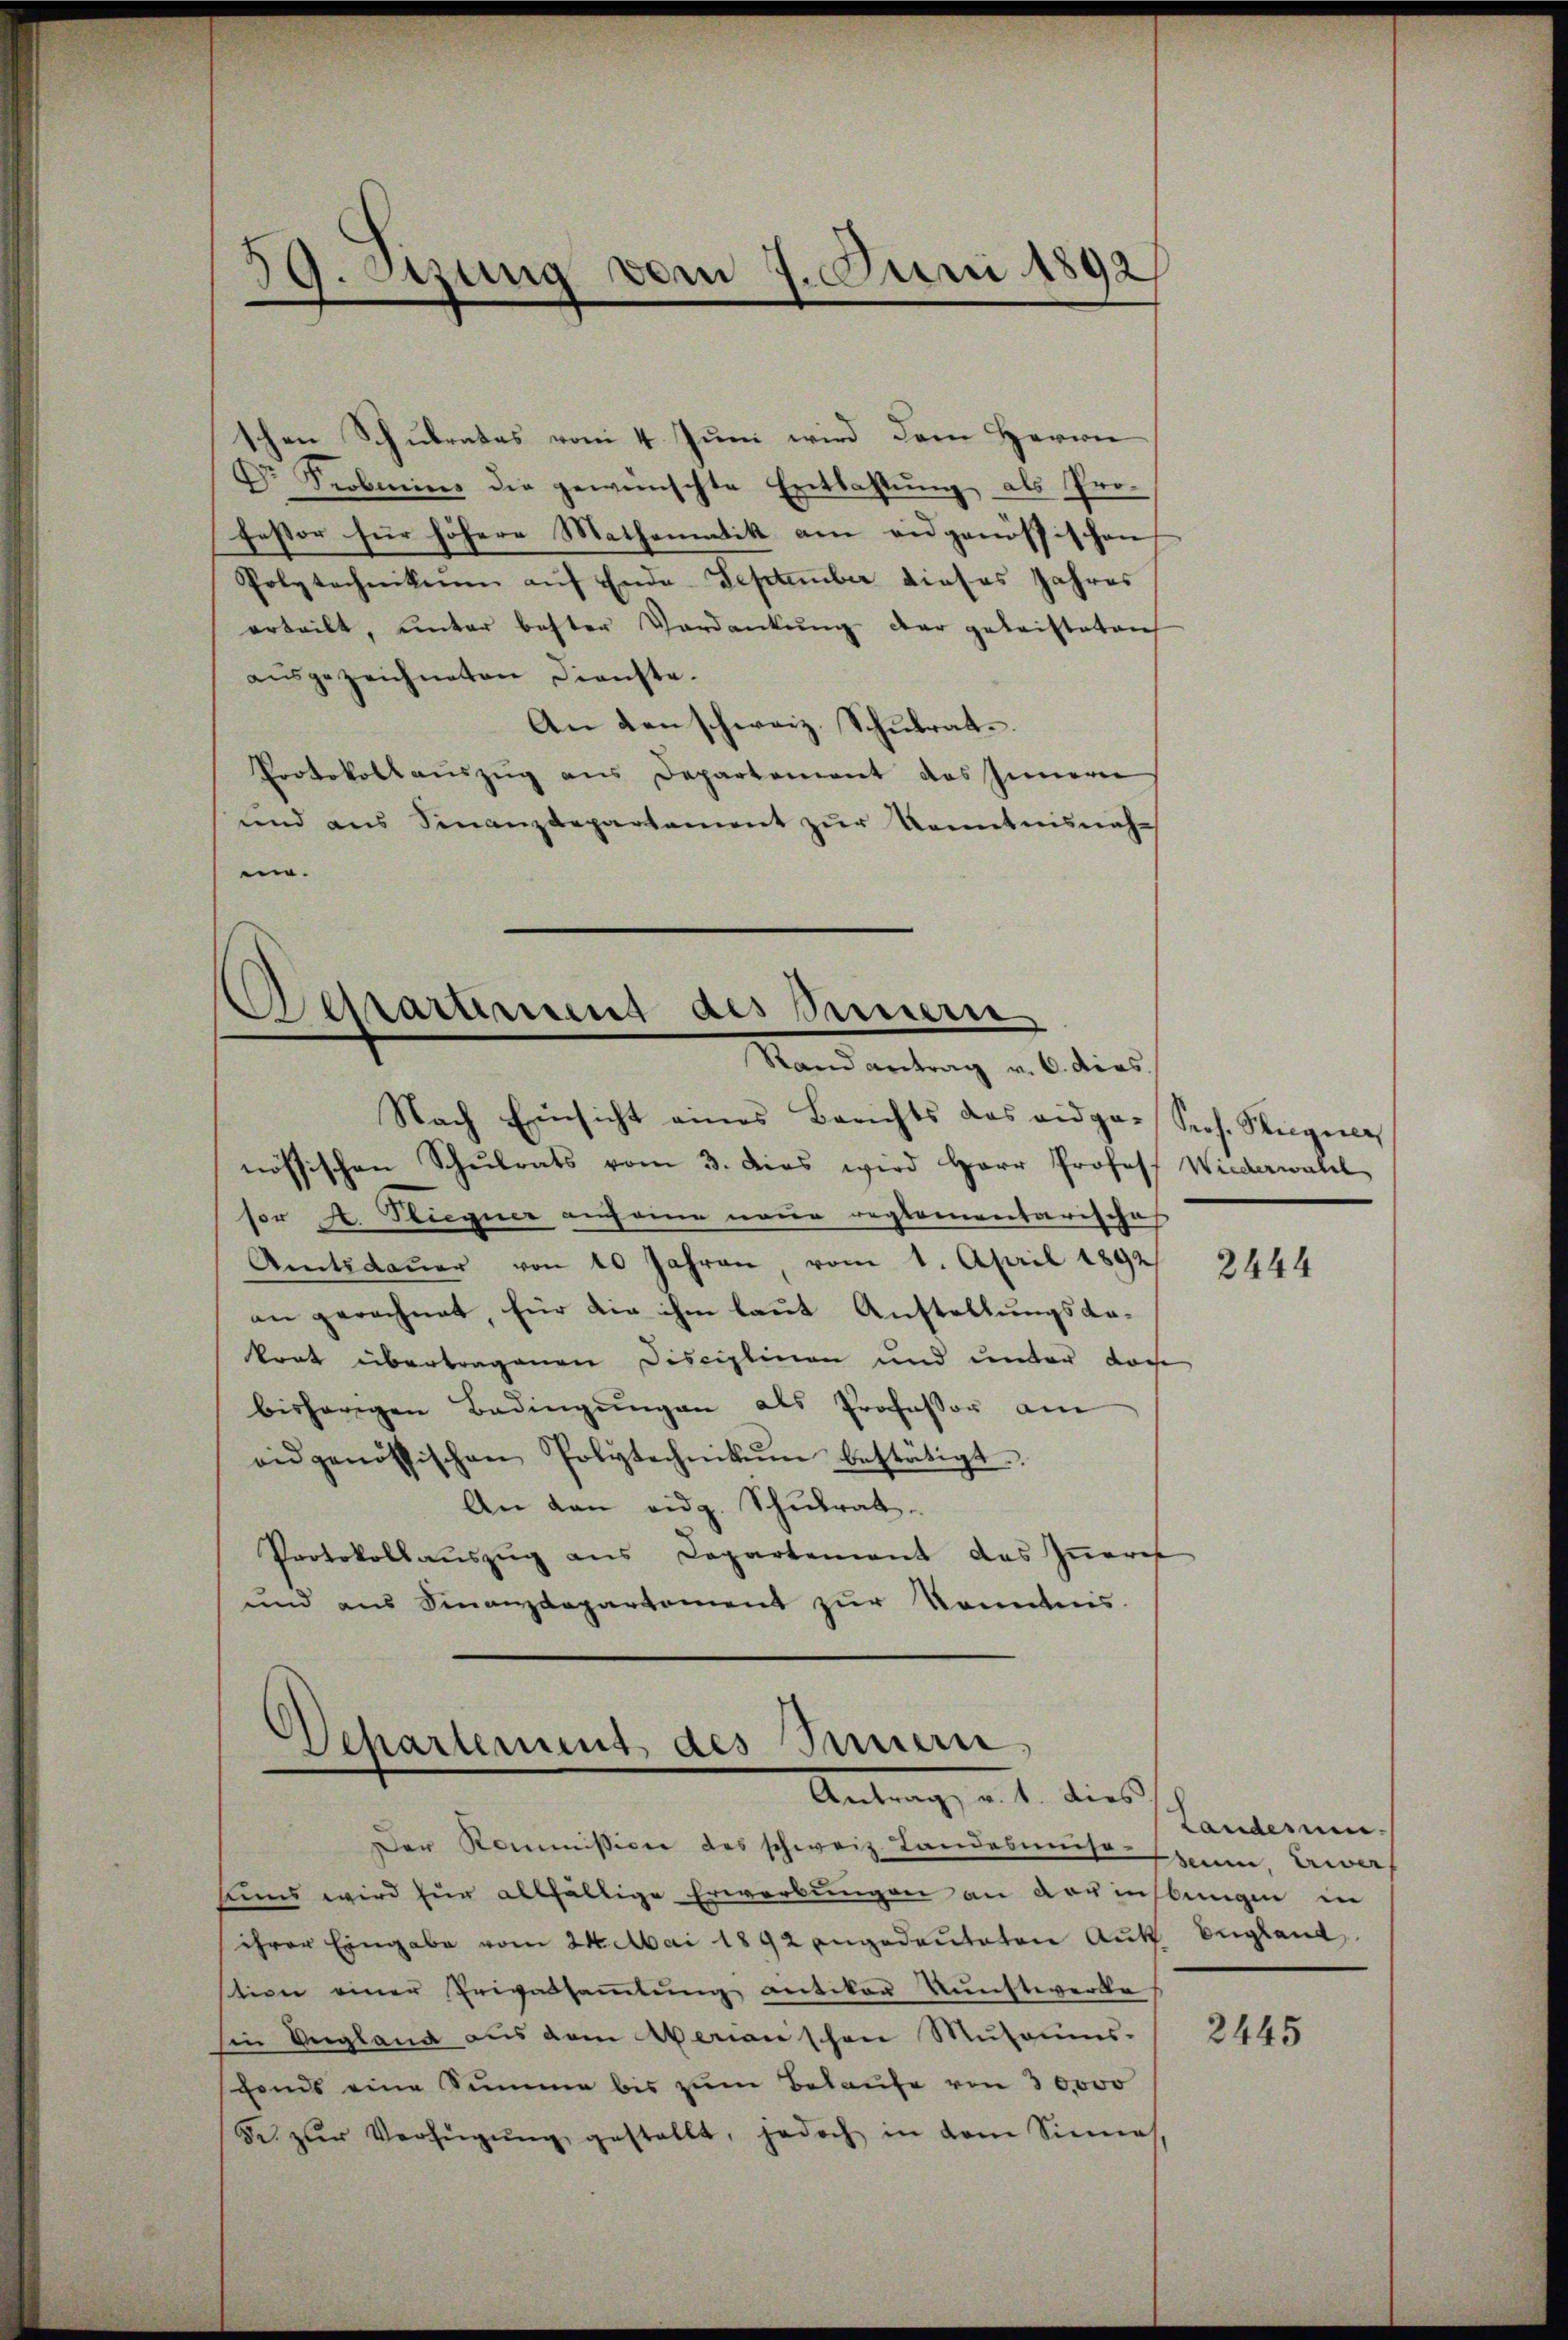
schen Schulrates vom 4. Juni wird dem Herrn
Dr. Probins die gewünschte Entlastŭng als Pro-
festor für höhere Mathematik am eidgenössischen
Polytechnikum auf Ende September dieses Jahres
erteilt, unter bester Verdankŭng der geleisteten
ausgezeichneten Dienste.
An den schweiz. Schulrat
Protokollaŭszŭg ans Departement des Innern
und aus Sinanzdepartement zŭr Kenntnisnahe

59. Setzung vom 7. Juni 1892

Nach Einsicht eines Berichts das eidge-Sch. Regie
nössischen Schulrats vom 3. das wird Herr Profess Wiederwahl
sor A. Hugner anfann neue reglementarisches
Amtsdaŭer von 10 Jahren, vom 1. April 1892
an gerechnet, für die ihm laut Anstellungsda-
krat übertragenen Disciplinen und unter doch
bisherigen Bedingŭngen als Professor am
eidgenössischen Polytechnikum bestätigt.
An den eidg. Schulrat.
Protokollauszug aus Capartement des Iṅeres
und aus Finanzdepartement zŭr Kenntnis.

Departement des Innern
Stand antrag v. 6. dies

Departement des Innern,
Antrag, d. 4. dies

Der Kommission des schweiz. Landesmmso-
sins wird für allfällige Erwerbungen an Vorinstungen in
ihrer Eingabe vom 24. Mai 1892 angedeuteten Aŭf England
stion einer Erwadsaṁlŭng antikon Kunstwerke
Ein Vergland aus dem Aeran schon Mŭsaums-
scheins eine Summe bis zum Belaufe von 30000
Se. zur Verfügŭng gestellt, jedoch in dem Sinnes,

2444

Landerum.
seim Erwerf

2445